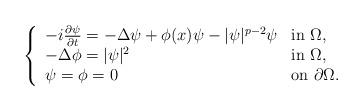
LaTeX: \begin{align*}\left \{ \begin{array}{ll}-i\frac{\partial\psi}{\partial t}=-\Delta \psi +\phi(x)\psi-|\psi|^{p-2}\psi & \mbox{in $\Omega$,}\\-\Delta \phi= |\psi|^{2} & \mbox{in $\Omega$,}\\\psi=\phi=0 & \mbox{on $\partial\Omega$.}\end{array}\right.\end{align*}